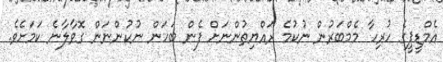
އެމްޑީޕީގެ ހުރިހާ މެމްބަރުން ނުކުމެ ރައްޔިތުންނަށް ފެން ބަހަން ނުކުންނަން ގޮވާލާނެ ކަމަށެވެ.